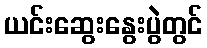
ယင်းဆွေးနွေးပွဲတွင်